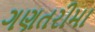
ગણતરીમા